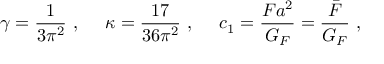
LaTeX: \gamma = \frac { 1 } { 3 \pi ^ { 2 } } ~ , ~ ~ ~ ~ \kappa = \frac { 1 7 } { 3 6 \pi ^ { 2 } } ~ , ~ ~ ~ ~ c _ { 1 } = \frac { { F } a ^ { 2 } } { G _ { F } } = \frac { \bar { F } } { G _ { F } } ~ ,